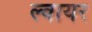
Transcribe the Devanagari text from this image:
ल्वायर